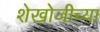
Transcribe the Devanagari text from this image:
शेखोजीच्या